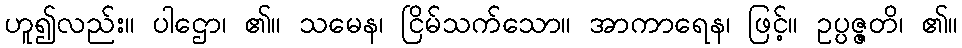
ဟူ၍လည်း။ ပါဌော၊ ၏။ သမေန၊ ငြိမ်သက်သော။ အာကာရေန၊ ဖြင့်။ ဥပ္ပဇ္ဇတိ၊ ၏။